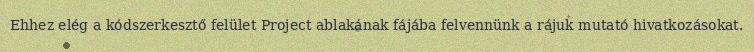
Ehhez elég a kódszerkesztő felület Project ablakának fájába felvennünk a rájuk mutató hivatkozásokat.